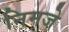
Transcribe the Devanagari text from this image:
निमजे